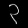
Digit: ၃